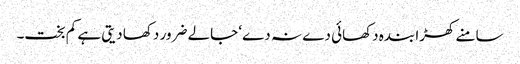
سامنے کھڑا بندہ دکھائی دے نہ دے‘ جالے ضرور دکھا دیتی ہے کم بخت۔